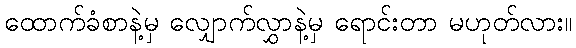
ထောက်ခံစာနဲ့မှ လျှောက်လွှာနဲ့မှ ရောင်းတာ မဟုတ်လား။